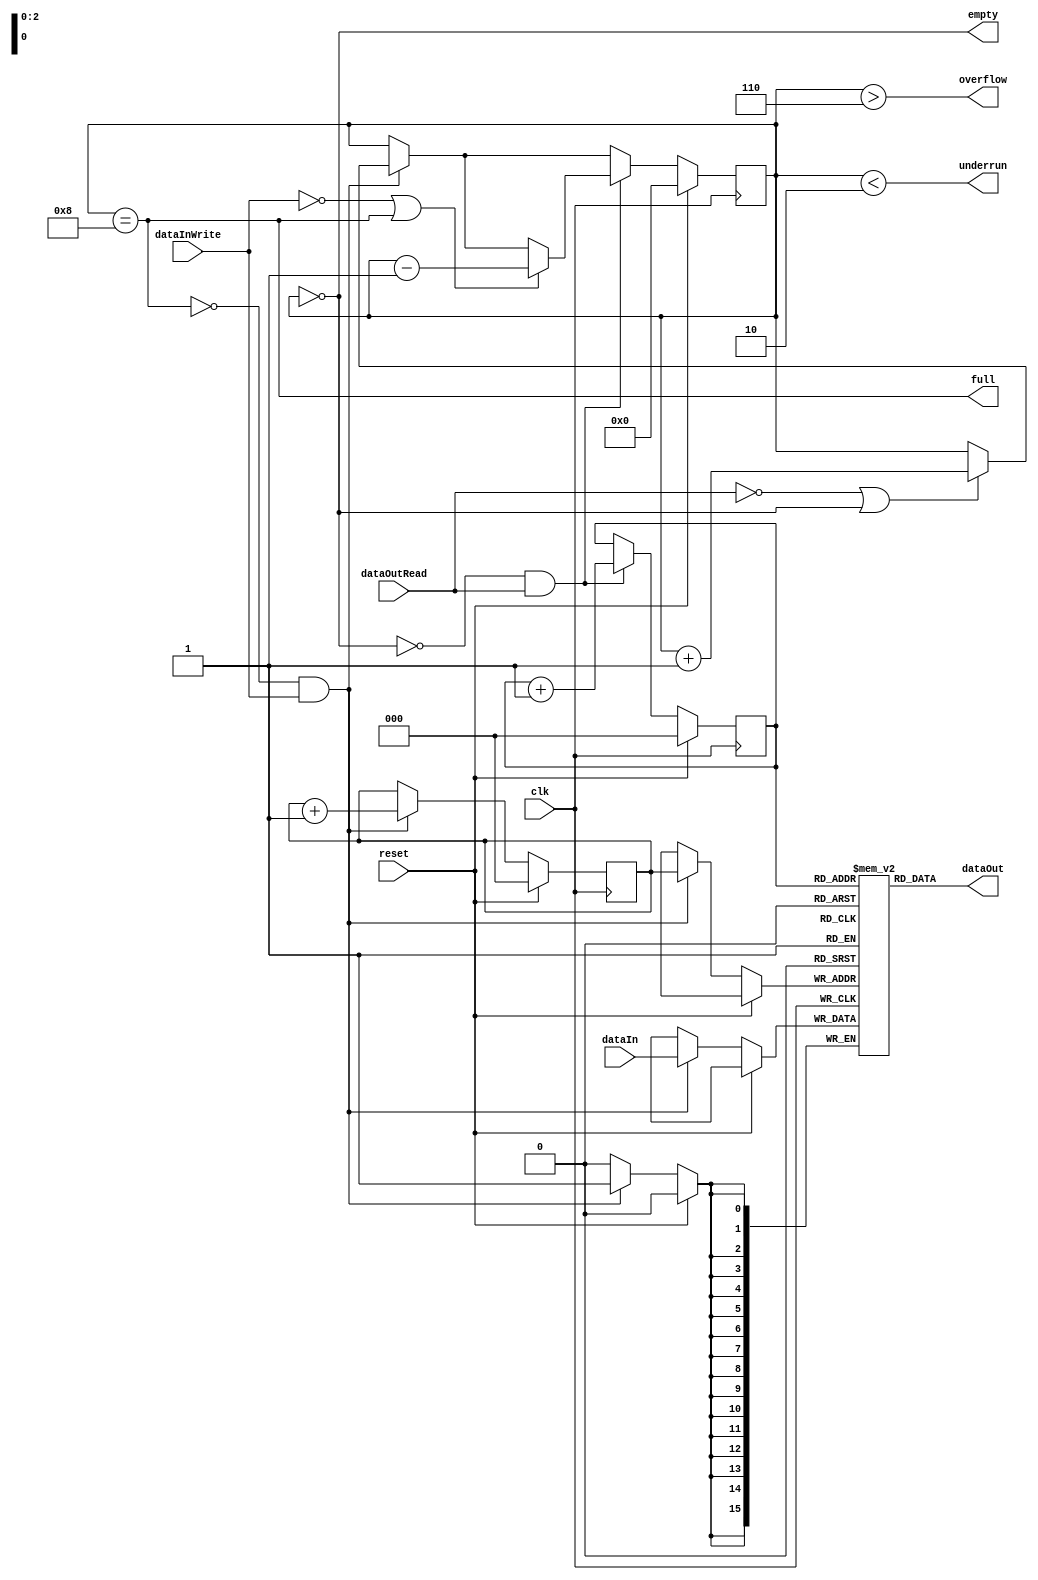
//Microsoft Research License Agreement
//Non-Commercial Use Only
// SATA core
//_____________________________________________________________________
//
//This Microsoft Research License Agreement, including all exhibits ("MSR-LA") is a legal agreement between you and Microsoft Corporation (?Microsoft? or ?we?) for the software or data identified above, which may include source code, and any associated materials, text or speech files, associated media and "online" or electronic documentation and any updates we provide in our discretion (together, the "Software"). 
//
//By installing, copying, or otherwise using this Software, found at http://research.microsoft.com/downloads, you agree to be bound by the terms of this MSR-LA.  If you do not agree, do not install copy or use the Software. The Software is protected by copyright and other intellectual property laws and is licensed, not sold.    
//
//SCOPE OF RIGHTS:
//You may use, copy, reproduce, and distribute this Software for any non-commercial purpose, subject to the restrictions in this MSR-LA. Some purposes which can be non-commercial are teaching, academic research, public demonstrations and personal experimentation. You may also distribute this Software with books or other teaching materials, or publish the Software on websites, that are intended to teach the use of the Software for academic or other non-commercial purposes.
//You may not use or distribute this Software or any derivative works in any form for commercial purposes. Examples of commercial purposes would be running business operations, licensing, leasing, or selling the Software, distributing the Software for use with commercial products, using the Software in the creation or use of commercial products or any other activity which purpose is to procure a commercial gain to you or others.
//If the Software includes source code or data, you may create derivative works of such portions of the Software and distribute the modified Software for non-commercial purposes, as provided herein.  
//If you distribute the Software or any derivative works of the Software, you will distribute them under the same terms and conditions as in this license, and you will not grant other rights to the Software or derivative works that are different from those provided by this MSR-LA. 
//If you have created derivative works of the Software, and distribute such derivative works, you will cause the modified files to carry prominent notices so that recipients know that they are not receiving the original Software. Such notices must state: (i) that you have changed the Software; and (ii) the date of any changes.
//
//In return, we simply require that you agree: 
//1. That you will not remove any copyright or other notices from the Software.
//2. That if any of the Software is in binary format, you will not attempt to modify such portions of the Software, or to reverse engineer or decompile them, except and only to the extent authorized by applicable law. 
//3. That Microsoft is granted back, without any restrictions or limitations, a non-exclusive, perpetual, irrevocable, royalty-free, assignable and sub-licensable license, to reproduce, publicly perform or display, install, use, modify, post, distribute, make and have made, sell and transfer your modifications to and/or derivative works of the Software source code or data, for any purpose.  
//4. That any feedback about the Software provided by you to us is voluntarily given, and Microsoft shall be free to use the feedback as it sees fit without obligation or restriction of any kind, even if the feedback is designated by you as confidential. 
//5.  THAT THE SOFTWARE COMES "AS IS", WITH NO WARRANTIES. THIS MEANS NO EXPRESS, IMPLIED OR STATUTORY WARRANTY, INCLUDING WITHOUT LIMITATION, WARRANTIES OF MERCHANTABILITY OR FITNESS FOR A PARTICULAR PURPOSE, ANY WARRANTY AGAINST INTERFERENCE WITH YOUR ENJOYMENT OF THE SOFTWARE OR ANY WARRANTY OF TITLE OR NON-INFRINGEMENT. THERE IS NO WARRANTY THAT THIS SOFTWARE WILL FULFILL ANY OF YOUR PARTICULAR PURPOSES OR NEEDS. ALSO, YOU MUST PASS THIS DISCLAIMER ON WHENEVER YOU DISTRIBUTE THE SOFTWARE OR DERIVATIVE WORKS.
//6.  THAT NEITHER MICROSOFT NOR ANY CONTRIBUTOR TO THE SOFTWARE WILL BE LIABLE FOR ANY DAMAGES RELATED TO THE SOFTWARE OR THIS MSR-LA, INCLUDING DIRECT, INDIRECT, SPECIAL, CONSEQUENTIAL OR INCIDENTAL DAMAGES, TO THE MAXIMUM EXTENT THE LAW PERMITS, NO MATTER WHAT LEGAL THEORY IT IS BASED ON. ALSO, YOU MUST PASS THIS LIMITATION OF LIABILITY ON WHENEVER YOU DISTRIBUTE THE SOFTWARE OR DERIVATIVE WORKS.
//7.  That we have no duty of reasonable care or lack of negligence, and we are not obligated to (and will not) provide technical support for the Software.
//8.  That if you breach this MSR-LA or if you sue anyone over patents that you think may apply to or read on the Software or anyone's use of the Software, this MSR-LA (and your license and rights obtained herein) terminate automatically.  Upon any such termination, you shall destroy all of your copies of the Software immediately.  Sections 3, 4, 5, 6, 7, 8, 11 and 12 of this MSR-LA shall survive any termination of this MSR-LA.
//9.  That the patent rights, if any, granted to you in this MSR-LA only apply to the Software, not to any derivative works you make.
//10. That the Software may be subject to U.S. export jurisdiction at the time it is licensed to you, and it may be subject to additional export or import laws in other places.  You agree to comply with all such laws and regulations that may apply to the Software after delivery of the software to you.
//11. That all rights not expressly granted to you in this MSR-LA are reserved.
//12. That this MSR-LA shall be construed and controlled by the laws of the State of Washington, USA, without regard to conflicts of law.  If any provision of this MSR-LA shall be deemed unenforceable or contrary to law, the rest of this MSR-LA shall remain in full effect and interpreted in an enforceable manner that most nearly captures the intent of the original language. 
//----------------------------------------------------------------------------

/* ---------------------------------------------------------------------------
 * Project       : Groundhog : A Serial ATA Host Bus Adapter (HBA) for FPGAs
 * Version       : v0.2
 * Module        : FIFO
 * Last Update   : November 20 2013
 * ---------------------------------------------------------------------------
 * Description   : Buffers used in the transport layer (and also test module) 
 *                 to buffer incoming/outgoing data
 * ---------------------------------------------------------------------------
 * Changelog     : none
 * ------------------------------------------------------------------------- */

module FIFO
  #(
    parameter WIDTH       = 16,
    parameter DEPTH       = 8,
    parameter ADDR_BITS   = 3,
    parameter UNDERRUNLIM = 2,
    parameter OVERFLOWLIM = 6
    )
   ( 
     input                    clk,
     input                    reset,
     input [(WIDTH - 1) : 0]  dataIn,
     input                    dataInWrite,
     output [(WIDTH - 1) : 0] dataOut,
     input                    dataOutRead,
     output                   empty,
     output                   full,
     output                   underrun,
     output                   overflow
     );

   // make an DEPTH-deep array of WIDTH-sized registers
   reg [(WIDTH-1)     : 0] mem [0:(DEPTH-1)];
   reg [(ADDR_BITS-1) : 0] readAdd;
   reg [(ADDR_BITS-1) : 0] writeAdd;
   reg [ADDR_BITS     : 0] count;

   wire                    internal_full;
   
   initial begin
      count    = 0;
      readAdd  = 0;
      writeAdd = 0;
   end
   always@(posedge clk) begin
      if(reset)begin
         count    <= 0;
         readAdd  <= 0;
         writeAdd <= 0;
      end
      else begin
         if((!internal_full) && (dataInWrite == 1)) begin
            writeAdd      <= writeAdd + 1;
            mem[writeAdd] <= dataIn;
            if((dataOutRead == 0) || (empty)) begin
               count <= count+1;
            end
         end
         if((!empty) && (dataOutRead == 1)) begin
            readAdd <= readAdd + 1;
            if((dataInWrite == 0) || (internal_full)) begin
               count <= count-1;
            end
         end
      end
   end

   assign dataOut       = mem[readAdd];
   assign empty         = count == 0;
   assign internal_full = (count == DEPTH);
   assign full          = internal_full;
   assign underrun      = count < UNDERRUNLIM;
   assign overflow      = count > OVERFLOWLIM;
   
endmodule